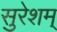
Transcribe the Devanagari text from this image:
सुरेशम्‌